Scottish Certificate of Education, 1963
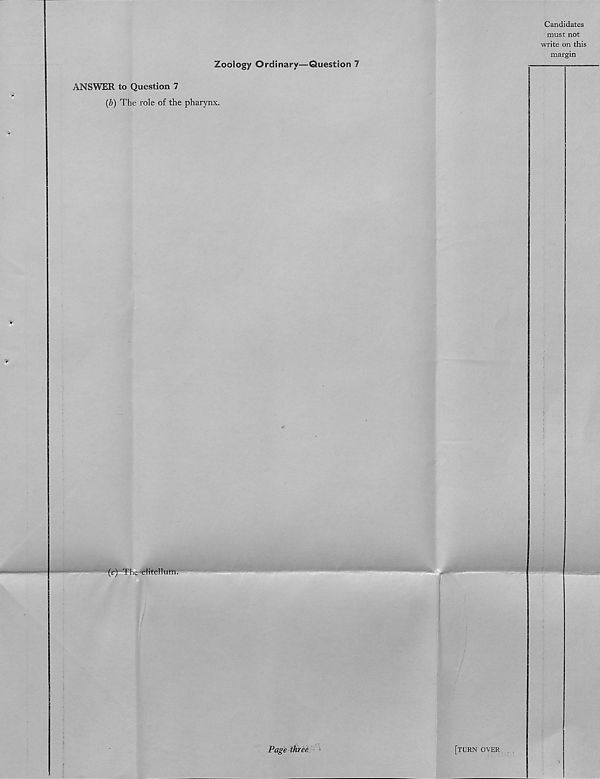
Candidates
must not
write on this
margin
Zoology Ordinary—Question 7
ANSWER to Question 7
(b) The role of the pharynx.
(c) The'clitellum.
i
Page three
[torn over